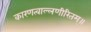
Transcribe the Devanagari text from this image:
कारणत्वाल्लणीरितम्॥